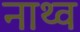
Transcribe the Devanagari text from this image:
नाथ्व